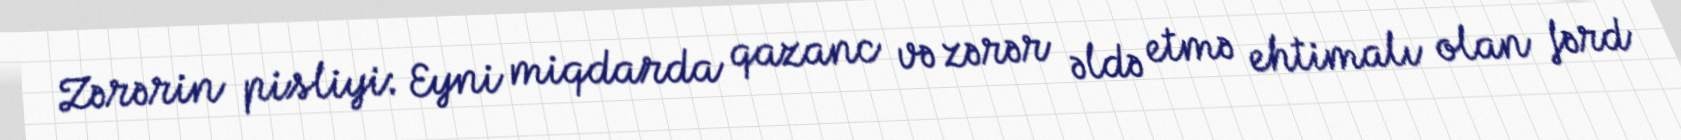
Zərərin pisliyi: Eyni miqdarda qazanc və zərər əldə etmə ehtimalı olan fərd